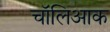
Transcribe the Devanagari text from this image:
चॉलिआक